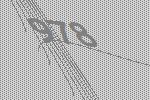
978